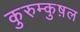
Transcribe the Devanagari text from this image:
कुरुम्कुष़ल